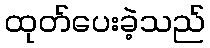
ထုတ်ပေးခဲ့သည်